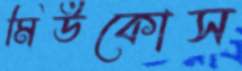
মিউকোস